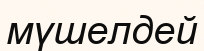
мүшелдей